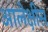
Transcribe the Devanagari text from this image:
आलेक्षीस